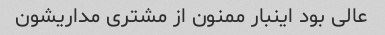
عالی بود اینبار ممنون از مشتری مداریشون